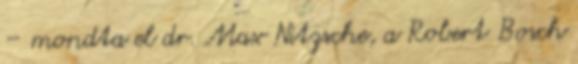
– mondta el dr. Max Nitzsche, a Robert Bosch